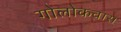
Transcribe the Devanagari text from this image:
गोलोकवास